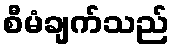
စီမံချက်သည်